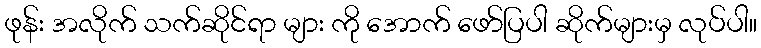
ဖုန်း အလိုက် သက်ဆိုင်ရာ များ ကို အောက် ဖော်ပြပါ ဆိုက်များမှ လုပ်ပါ။